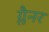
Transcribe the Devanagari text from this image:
ग्लैनर